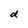
Character: d